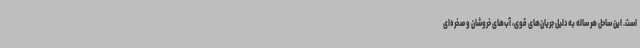
است. این ساحل هر ساله به دلیل جریان‌های قوی، آب‌های خروشان و صخره‌ای